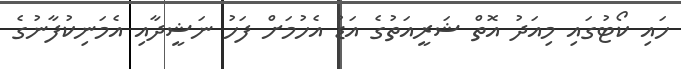
ހައި ކޯޓުގައި މިއަދު އޮތް ޝަރީއަތުގެ އަޑު އެހުމަށް ފަހު ނަޝީދާއި އެމަނިކުފާނުގެ